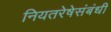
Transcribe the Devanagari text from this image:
नियतरेषेसंबंधी